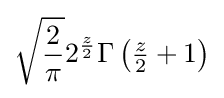
{\sqrt {\frac {2}{\pi }}}2^{\frac {z}{2}}\Gamma \left({\tfrac {z}{2}}+1\right)